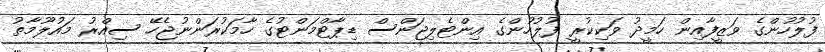
ފުލުހުންގެ ވަޒީފާއިން ހަމީދު ވަކިކުރީ ފުލުހުންގެ އިންޓެލިޖަންސް ޑިޕާޓްމަންޓުގެ ހާމަކުރަންނުޖެހޭ ސިއްރު މައުލޫމާތު